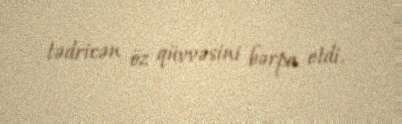
tədricən öz qüvvəsini bərpa etdi.